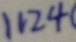
1 1 2 4